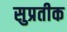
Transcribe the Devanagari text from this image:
सुप्रतीक